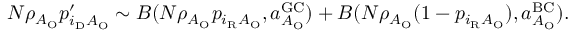
\begin{array} { r } { N \rho _ { A _ { \mathrm { O } } } p _ { i _ { \mathrm { D } } A _ { \mathrm { O } } } ^ { \prime } \sim { \cal B } ( N \rho _ { A _ { \mathrm { O } } } p _ { i _ { \mathrm { R } } A _ { \mathrm { O } } } , a _ { A _ { \mathrm { O } } } ^ { \mathrm { G C } } ) + { \cal B } ( N \rho _ { A _ { \mathrm { O } } } ( 1 - p _ { i _ { \mathrm { R } } A _ { \mathrm { O } } } ) , a _ { A _ { \mathrm { O } } } ^ { \mathrm { B C } } ) . } \end{array}